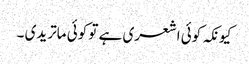
کیونکہ کوئی اشعری ہے تو کوئی ماتریدی ۔